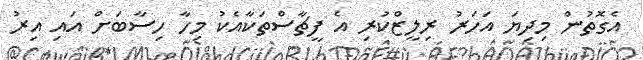
އެގޮތުން މިދިޔަ އަހަރު ރިލީޒްކުރި އެ ފީޗާސްތަކާއެކު މިހާ ހިސާބަށް އައި އިރު